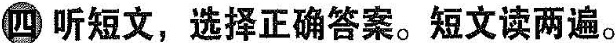
四 听短文，选择正确答案。短文读两遍.。